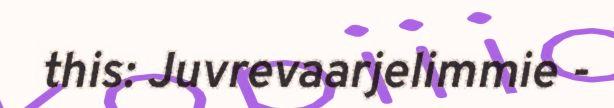
this: Juvrevaarjelimmie -